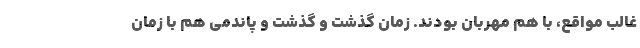
غالب مواقع، با هم مهربان بودند. زمان گذشت و گذشت و پاندمی هم با زمان